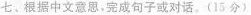
七根据中文意思，完成句子或对话。(15分)